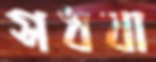
সধবা